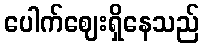
ပေါက်ဈေးရှိနေသည်